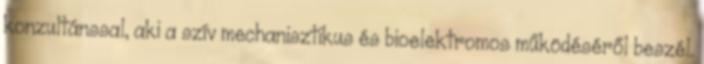
konzultánssal, aki a szív mechanisztikus és bioelektromos működéséről beszél.